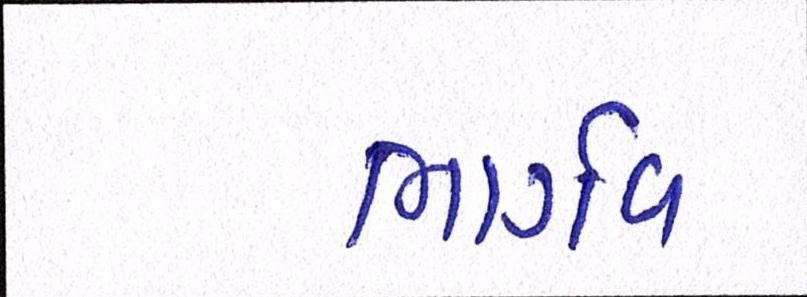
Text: ભાર્ગવ